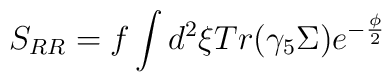
S_{RR}=f\int d^{2}\xi Tr(\gamma _{5}\Sigma )e^{-\frac{\phi }{2}}